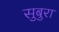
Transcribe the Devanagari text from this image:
सुबुरा